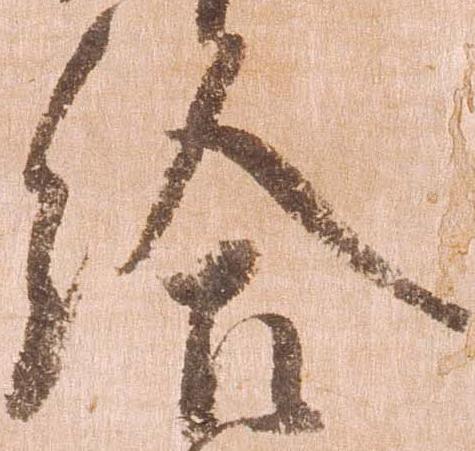
給